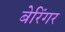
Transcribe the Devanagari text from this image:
बेरिंगर